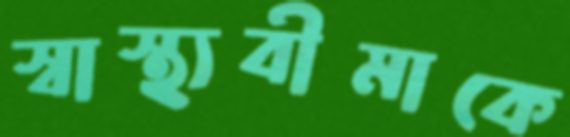
স্বাস্থ্যবীমাকে